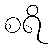
စရိ